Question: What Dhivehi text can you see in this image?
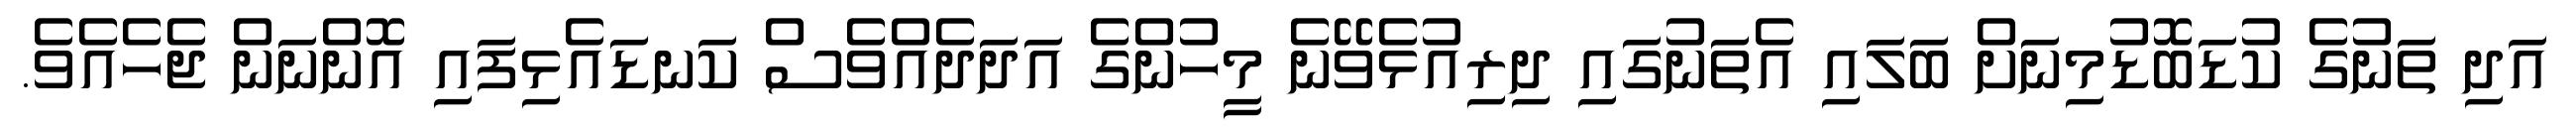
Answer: އަދި ތަނުގެ ކުޑަބޮޑުމިނަށް ބަލައި އެތަނުގައި ދިރިއުޅެވޭނެ މީހުންގެ އަދަދެއްވެސް ކަނޑައެޅިފައި އޮންނަން ޖެހެއެވެ.